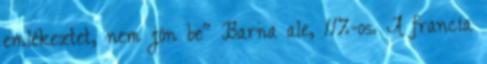
emlékeztet, nem jön be" Barna ale, 11%-os. A francia